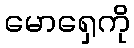
မောရှေကို